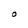
Character: O